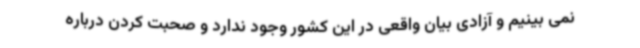
نمی بینیم و آزادی بیان واقعی در این کشور وجود ندارد و صحبت کردن درباره